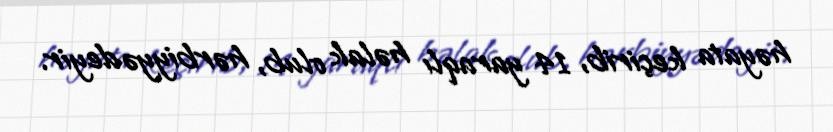
həyata keçirib, 14 yaraqlı həlak olub, hərbiyyə deyir.